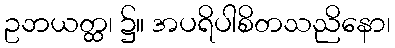
ဥဘယတ္ထ၊ ၌။ အပရိပါစိတသညိနော၊